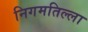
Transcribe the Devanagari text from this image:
निगमतिल्ला